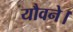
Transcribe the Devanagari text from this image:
यौवने।